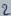
Text: 2